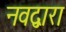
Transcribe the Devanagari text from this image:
नवद्वारा